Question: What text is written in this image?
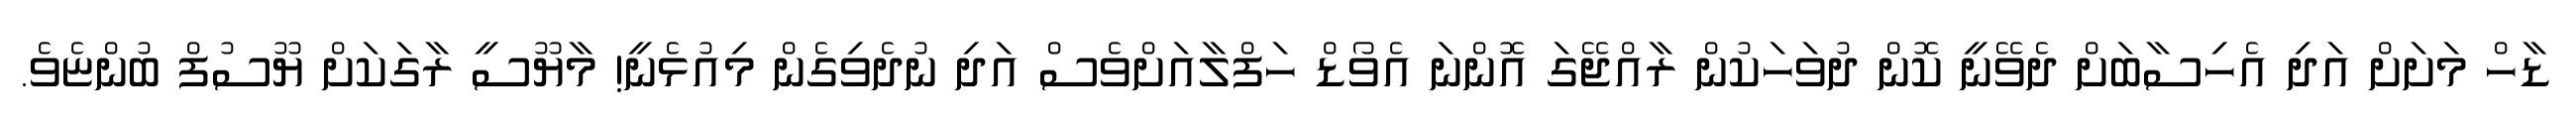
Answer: ޑާހް މަށަށް އަދި އެހިސާބަށް ދެވޭނީ ކޮން ދުވަހަކުން ރާއްޖޭގަ އޮންނަ އެވޯޑް ހަފްލާއަށްވެސް އަދި ނުދެވިގެން މިއުޅެނީ! މާޔޫސީ ރާގަކަށް ޔޫސުފް ބުންޏެވެ.